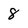
Character: 8